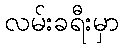
လမ်းခရီးမှာ